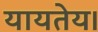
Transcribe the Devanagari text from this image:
यायतेय।